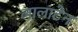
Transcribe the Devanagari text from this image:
लालाटेन